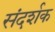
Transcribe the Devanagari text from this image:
संदर्शक